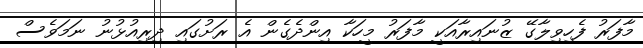
މާފަރު ފެހިވިލާގޭ ޒުނައިރާއަކީ މާފަރު މީހަކާ އިންދެގެން އެ ރަށުގައި ދިރިއުޅުނު ނަމަވެސް